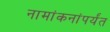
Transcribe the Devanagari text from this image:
नामांकनांपर्यंत